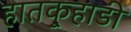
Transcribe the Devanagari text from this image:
हातकुर्‍हाडी